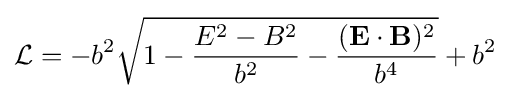
{\mathcal {L}}=-b^{2}{\sqrt {1-{\frac {E^{2}-B^{2}}{b^{2}}}-{\frac {(\mathbf {E} \cdot \mathbf {B} )^{2}}{b^{4}}}}}+b^{2}